Indian journal of veterinary science and animal husbandry - Volume 3,
Year: 1933
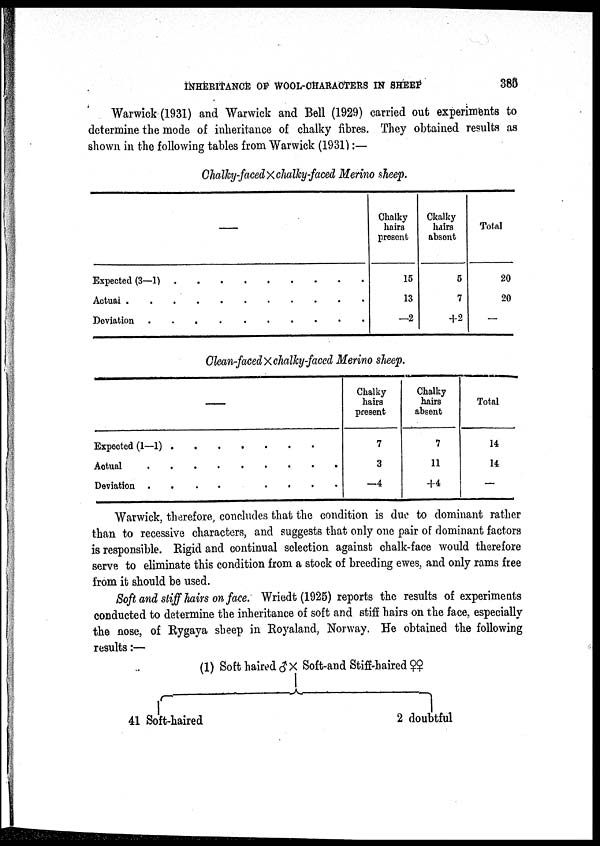
INHERITANCE OF WOOL-CHARACTERS IN SHEEP
385
Warwick (1931) and Warwick and Bell (1929) carried out experiments to
determine the mode of inheritance of chalky fibres. They obtained results as
shown in the following tables from Warwick (1931) :—
Chalky-facedXclalky-faced Merino sheep.
—
Expected (3-1) . . . . . . . . . .
Actual . . . . . . . . . .
Deviation . . . . . . . . . .
Chalky
hairs
present
15
13
—2
Ckalky
hairs
absent
5
7
+2
Total
20
20
—
Clean-facedXchalky-faced Merino sheep.
—
Expected (1—1) . . . . . . . . . .
Actual. . . . . . . . . .
Deviation
.
.
.
.
.
.
.
.
.
.
Chalky
hairs
present
7
3
—4
Chalky
hairs
absent
7
11
+4
Total
14
14
—
Warwick, therefore, concludes that the condition is due to dominant rather
than to recessive characters, and suggests that only one pair of dominant factors
is responsible. Rigid and continual selection against chalk-face would therefore
serve to eliminate this condition from a stock of breeding ewes, and only rams free
from it should be used.
Soft, and stiff hairs on face. Wriedt (1925) reports the results of experiments
conducted to determine the inheritance of soft and stiff hairs on the face, especially
the nose, of Rygaya sheep in Royaland, Norway, He obtained the following
results:—
(1) Soft haired ♂ × Soft-and Stiff-haired ♀♀
41 Soft-haired
2 doubtful